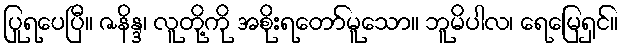
ပြုရပေပြီ။ ဇနိန္ဒ၊ လူတို့ကို အစိုးရတော်မူသော။ ဘူမိပါလ၊ ရေမြေရှင်။